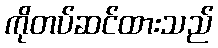
ကိုတပ်ဆင်ထားသည်